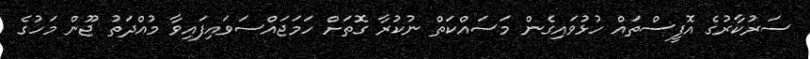
ސަރުކާރުގެ އޮފީސްތައް ހުޅުވައިގެން މަސައްކަތް ނުކުރާ ގޮތަށް ހަމަޖައްސަވައިފައިވާ މުއްދަތު ޖޫން މަހުގެ